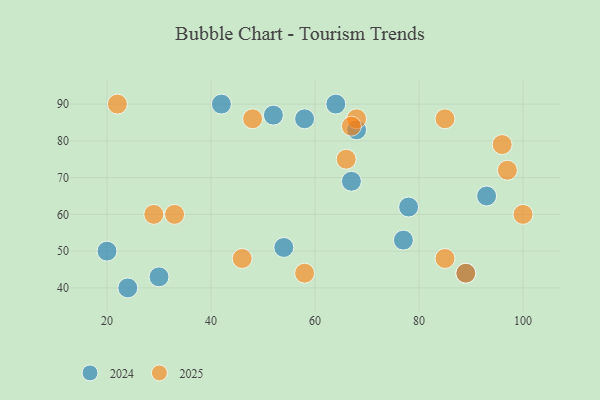
{"axis": {"x": "GDP", "y": "Life Expectancy"}, "legend": ["2024", "2025"], "data": [{"x": "100", "y": 60, "type": "2025"}, {"x": "68", "y": 86, "type": "2025"}, {"x": "58", "y": 44, "type": "2025"}, {"x": "66", "y": 75, "type": "2025"}, {"x": "46", "y": 48, "type": "2025"}, {"x": "85", "y": 86, "type": "2025"}, {"x": "29", "y": 60, "type": "2025"}, {"x": "48", "y": 86, "type": "2025"}, {"x": "22", "y": 90, "type": "2025"}, {"x": "67", "y": 84, "type": "2025"}, {"x": "97", "y": 72, "type": "2025"}, {"x": "33", "y": 60, "type": "2025"}, {"x": "89", "y": 44, "type": "2025"}, {"x": "96", "y": 79, "type": "2025"}, {"x": "85", "y": 48, "type": "2025"}, {"x": "42", "y": 90, "type": "2024"}, {"x": "89", "y": 44, "type": "2024"}, {"x": "20", "y": 50, "type": "2024"}, {"x": "64", "y": 90, "type": "2024"}, {"x": "67", "y": 69, "type": "2024"}, {"x": "93", "y": 65, "type": "2024"}, {"x": "54", "y": 51, "type": "2024"}, {"x": "68", "y": 83, "type": "2024"}, {"x": "77", "y": 53, "type": "2024"}, {"x": "30", "y": 43, "type": "2024"}, {"x": "52", "y": 87, "type": "2024"}, {"x": "24", "y": 40, "type": "2024"}, {"x": "78", "y": 62, "type": "2024"}, {"x": "58", "y": 86, "type": "2024"}]}